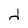
Character: d